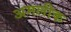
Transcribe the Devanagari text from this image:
अमलीक